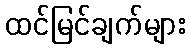
ထင်မြင်ချက်များ